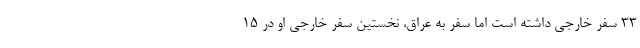
۳۳ سفر خارجی داشته است اما سفر به عراق، نخستین سفر خارجی او در ۱۵